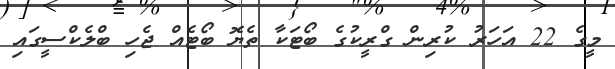
މީގެ 22 އަހަރު ކުރިން ގްރީކުގެ ބޯޓަކާ ތެޔޮ ބޯޓެއް ޖެހި ބްލެކްސީގައި